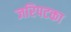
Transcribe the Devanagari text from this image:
जरिपटका